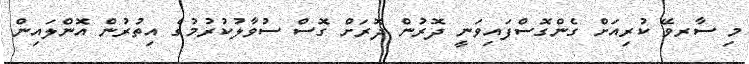
މި ސާރވޭ ކުރިއަށް ގެންގޮސްފައިވަނީ ދޮރުން ދޮރަށް ގޮސް ސުވާލުކުރުމުގެ އިތުރުން އޮންލައިން